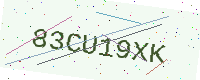
Text: 83CU19XK